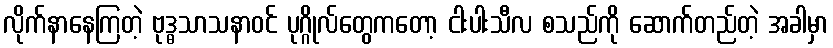
လိုက်နာနေကြတဲ့ ဗုဒ္ဓသာသနာဝင် ပုဂ္ဂိုလ်တွေကတော့ ငါးပါးသီလ စသည်ကို ဆောက်တည်တဲ့ အခါမှာ